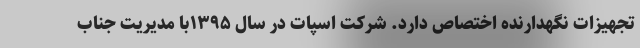
تجهیزات نگهدارنده اختصاص دارد. شرکت اسپات در سال ۱۳۹۵با مدیریت جناب